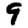
Digit: 9